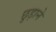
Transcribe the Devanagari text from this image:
छु़ड़ाने